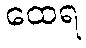
ထေရ